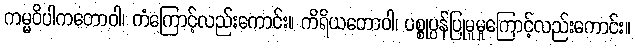
ကမ္မဝိပါကတောဝါ၊ ကံကြောင့်လည်းကောင်း။ ကိရိယတောဝါ၊ ပစ္စုပ္ပန်ပြုမူမှုကြောင့်လည်းကောင်း။